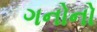
ગનોનો